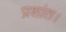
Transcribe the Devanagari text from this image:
प्रशांत।